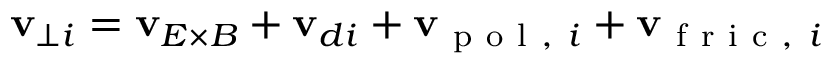
\mathbf { v } _ { \perp i } = \mathbf { v } _ { E \times B } + \mathbf { v } _ { d i } + \mathbf { v } _ { \mathrm { ~ p ~ o ~ l ~ , ~ } i } + \mathbf { v } _ { \mathrm { ~ f ~ r ~ i ~ c ~ , ~ } i }